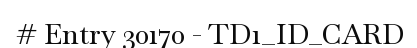
# Entry 30170 - TD1_ID_CARD